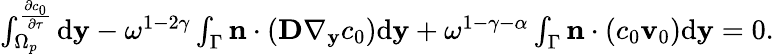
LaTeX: \begin{array}{r}{\int_{\Omega_{p}}^\frac{\partial c_{0}}{\partial\tau}\mathrm d\mathbf y-\omega^{1-2\gamma}\int_{\Gamma}\mathbf{n}\cdot(\textbf{D}\nabla_{\mathbf y}c_{0})\mathrm d\mathbf y+\omega^{1-\gamma-\alpha}\int_{\Gamma}\mathbf n\cdot(c_{0}\mathbf v_{0})\mathrm d\mathbf y=0.}\end{array}